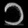
Digit: ၁